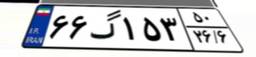
۶۶گ۱۵۳۵۰